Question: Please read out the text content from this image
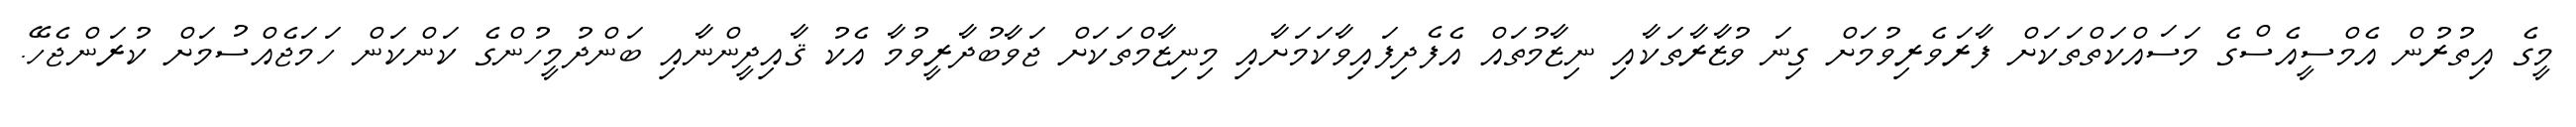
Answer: މީގެ އިތުރުން އެމްސީއެސްގެ މަސައްކަތްތަކަށް ފާރަވެރިވުމަށް ގިނަ ވުޒާރާތަކާއި ނިޒާމުތައް އެފެދިފައިވާކަމަށާއި މިނިޒާމްތަކަށް ޖަވާބުދާރީވުމާ އެކު ޤާއިދީންނާއި ބަންދުމީހުންގެ ކަންކަން ހަމަޖެއްސުމަށް ކުރަންޖެހޭ.